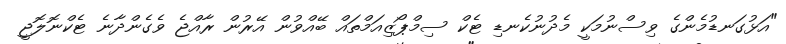
"އަޅުގަނޑުމެންގެ ވިސްނުމަކީ މެދުނުކެނޑި ޓެކް ސިމްޕޯޒިއަމްތައް ބޭއްވުން އޭރުން ރާއްޖެ ވެގެންދާނެ ޓެކްނޮލޮޖީ